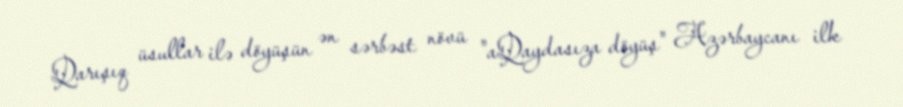
Qarışıq üsullar ilə döyüşün ən sərbəst növü "aQaydasıza döyüş" Azərbaycanı ilk